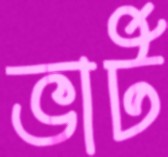
ভার্ট